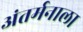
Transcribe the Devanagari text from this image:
अंतर्मनाला